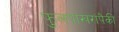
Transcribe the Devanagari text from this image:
फुलपाखरांपैकी